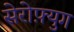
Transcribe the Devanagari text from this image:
सेरोफ़्युग